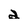
Character: 2